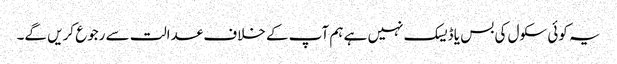
یہ کوئی سکول کی بس یا ڈیسک نہیں ہے ہم آپ کے خلاف عدالت سے رجوع کریں گے۔